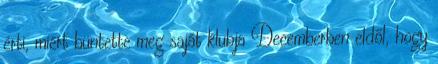
érti, miért büntette meg saját klubja Decemberben eldől, hogy